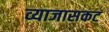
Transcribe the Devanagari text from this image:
व्याजासकट